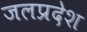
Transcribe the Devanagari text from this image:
जलप्रदेश